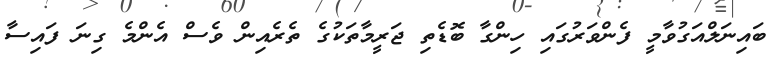
ބައިނަލްއަގުވާމީ ފެންވަރުގައި ހިންގާ ބޮޑެތި ޖަރީމާތަކުގެ ތެރެއިން ވެސް އެންމެ ގިނަ ފައިސާ